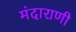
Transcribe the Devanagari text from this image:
मंदाराणी